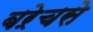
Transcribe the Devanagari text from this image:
बऱेचसे